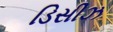
ડિસીઝ